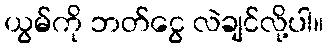
ယွမ်ကို ဘတ်ငွေ လဲချင်လို့ပါ။